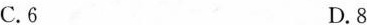
C.6 D.8